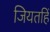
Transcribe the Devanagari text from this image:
जियतहिं